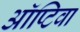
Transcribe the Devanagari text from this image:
ऑप्टिवा